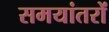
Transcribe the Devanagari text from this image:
समयांतरों